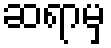
ဆရာမှ